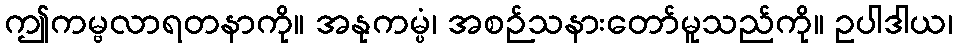
ဤကမ္ဗလာရတနာကို။ အနုကမ္ပံ၊ အစဉ်သနားတော်မူသည်ကို။ ဥပါဒါယ၊